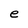
Character: e